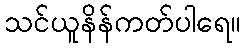
သင်ယူနိန်ကတ်ပါရေ။